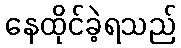
နေထိုင်ခဲ့ရသည်